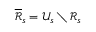
\overline { { \mathcal { R } } } _ { s } = \mathcal { U } _ { s } \setminus \mathcal { R } _ { s }